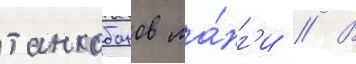
танкобонов ма́нг'и // В